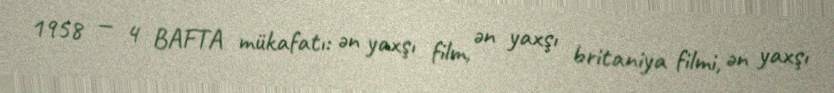
1958 — 4 BAFTA mükafatı: ən yaxşı film, ən yaxşı britaniya filmi, ən yaxşı